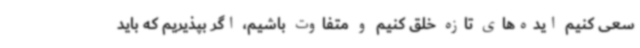
سعی کنیم ایده‌های تازه خلق کنیم و متفاوت باشیم، اگر بپذیریم که باید